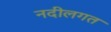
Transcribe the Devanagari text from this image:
नदीलगत